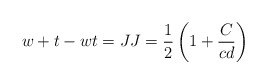
\begin{align*}w+t-wt=JJ=\dfrac{1}{2}\left( 1+\dfrac{C}{cd}\right) \end{align*}